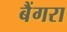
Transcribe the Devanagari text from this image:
बैंगरा